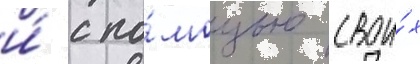
и́ с по́мощью свои́х